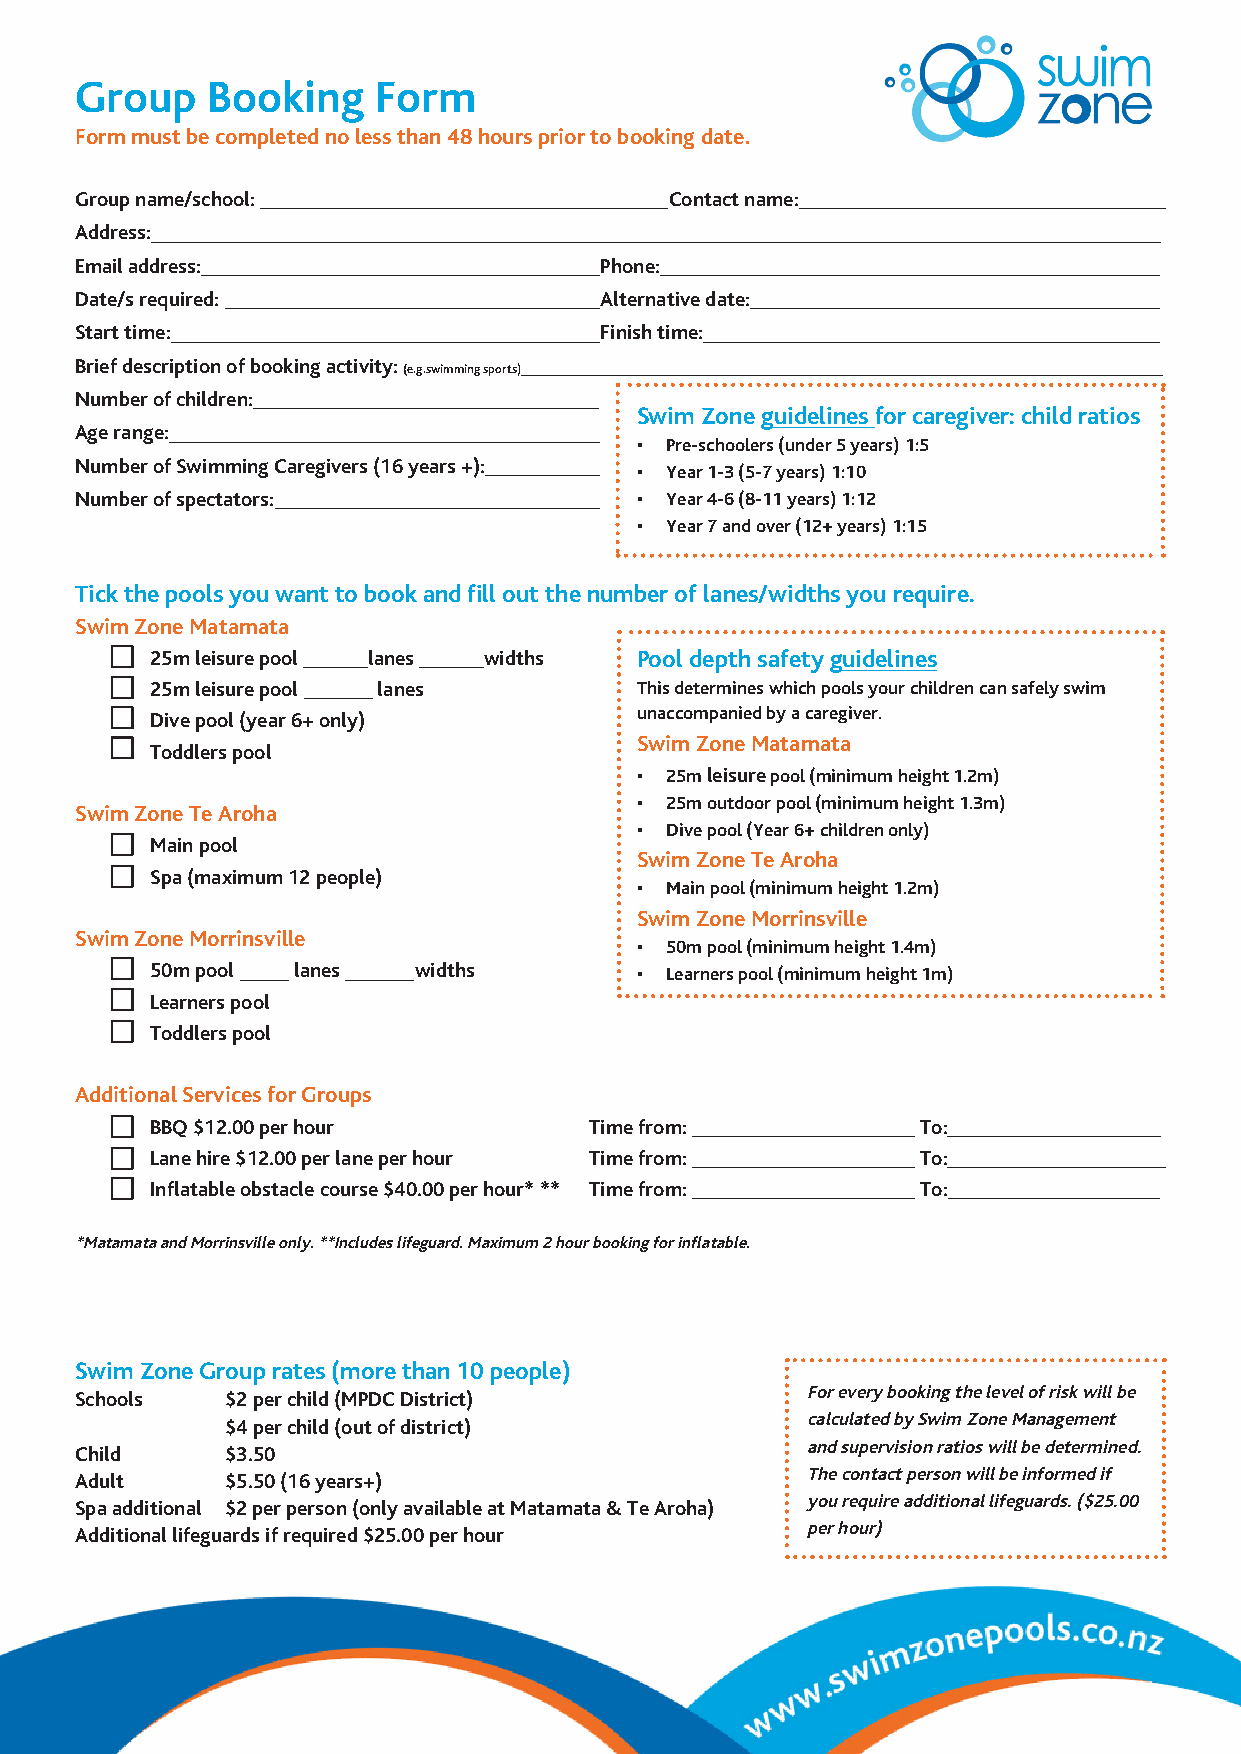
Group    Booking    Form
 Form must be completed no less than 48 hours prior to booking date.
 Group name/school:                     Contact name:
 Address:
 Email address:                     Phone:
 Date/s required:                   Alternative date:
 Start time:                        Finish time:
 Brief description of booking activity:
 (e.g.swimming sports)
 Number of children:
 Swim Zone guidelines for caregiver: child ratios
 Age range:
 • Pre-schoolers (under 5 years) 1:5
 Number of Swimming Caregivers (16 years +):
 • Year 1-3 (5-7 years) 1:10
 Number of spectators:                • Year 4-6 (8-11 years) 1:12
 • Year 7 and over (12+ years) 1:15
 Tick the pools you want to book and fill out the number of lanes/widths you require.
 Swim Zone Matamata
 25m leisure pool lanes widths   P o o l depth safety guidelines
 25m leisure pool lanes          This determines which pools your children can safely swim
 Dive pool (year 6+ only)        unaccompanied by a caregiver.
 Swim Zone Matamata
 Toddlers pool
 • 25m leisure pool (minimum height 1.2m)
 • 25m outdoor pool (minimum height 1.3m)
 Swim Zone Te Aroha
 • Dive pool (Year 6+ children only)
 Main pool
 Swim Zone Te Aroha
 Spa (maximum 12 people)
 • Main pool (minimum height 1.2m)
 Swim Zone Morrinsville
 Swim Zone Morrinsville
 • 50m pool (minimum height 1.4m)
 50m pool lanes   widths         • Learners pool (minimum height 1m)
 Learners pool
 Toddlers pool
 Additional Services for Groups
 BBQ $12.00 per hour          Time from:            To:
 Lane hire $12.00 per lane per hour Time from:      To:
 Inflatable obstacle course $40.00 per hour* ** Time from: To:
 *Matamata and Morrinsville only. **Includes lifeguard. Maximum 2 hour booking for inflatable.
 Swim Zone Group rates (more than 10 people)
 For every booking the level of risk will be
 Schools   $2 per child (MPDC District)
 calculated by Swim Zone Management
 $4 per child (out of district)
 and supervision ratios will be determined.
 Child     $3.50
 The contact person will be informed if
 Adult     $5.50 (16 years+)
 you require additional lifeguards. ($25.00
 Spa additional $2 per person (only available at Matamata & Te Aroha)
 per hour)
 Additional lifeguards if required $25.00 per hour